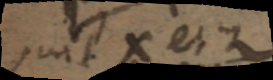
suit X et Z